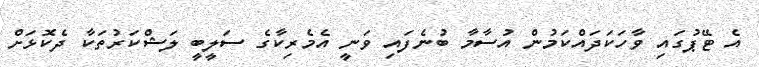
އެ ޓޭޕުގައި ވާހަކަދައްކަމުން އުސާމާ ބުނެފައި ވަނީ އެމެރިކާގެ ސަލީބީ ލަޝްކަރުތަކާ ދެކޮޅަށް